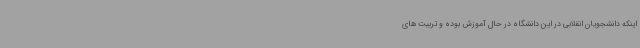
اینکه دانشجویان انقلابی در این دانشگاه در حال آموزش بوده و تربیت های